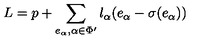
L = p + \sum _ { e _ { \alpha } , \alpha \in \Phi ^ { \prime } } l _ { \alpha } ( e _ { \alpha } - \sigma ( e _ { \alpha } ) )